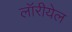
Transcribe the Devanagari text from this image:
लॉरीयेल